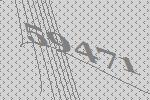
59471